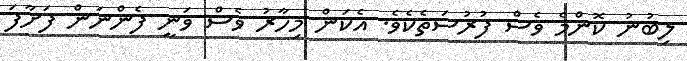
ލިބުނު ކޮންމެ ވެސް ފުރުސަތެކެވެ. އެކަން މިހާރު ވެސް ވަނީ ފެންނަން ފަށާފަ